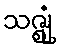
သဇ္ဈုံ